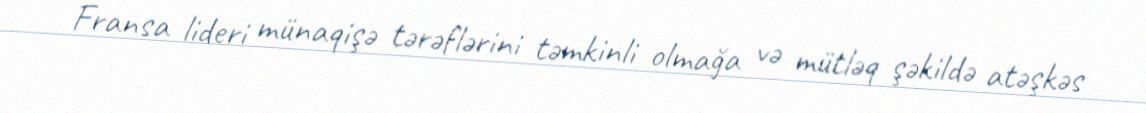
Fransa lideri münaqişə tərəflərini təmkinli olmağa və mütləq şəkildə atəşkəs